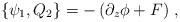
LaTeX: \begin{align*}\{ \psi_{1}, Q_{2} \}= -\left (\partial_z \phi + F \right )\,,\end{align*}